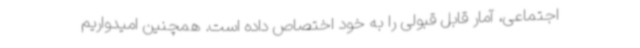
اجتماعی، آمار قابل قبولی را به خود اختصاص داده است. همچنین امیدواریم